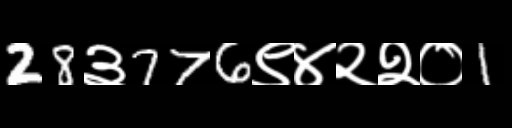
Text: 28३776९४२२०1